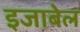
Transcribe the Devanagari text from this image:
इजाबेल